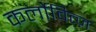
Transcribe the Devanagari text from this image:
कर्लोवित्ज़